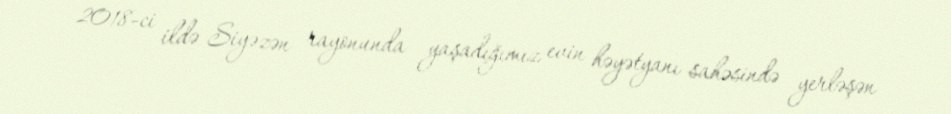
2018-ci ildə Siyəzən rayonunda yaşadığımız evin həyətyanı sahəsində yerləşən